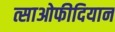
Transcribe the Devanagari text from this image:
त्साओफीदियान